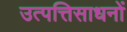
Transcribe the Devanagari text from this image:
उत्पत्तिसाधनों